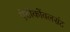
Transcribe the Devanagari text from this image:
एंटीकोंवलसंट